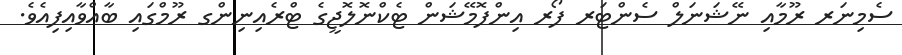
ސެމިނަރ ރޫމާއި ނޭޝަނަލް ސެންޓަރ ފޯރ އިންފޮމޭޝަން ޓެކްނޮލޮޖީގެ ޓްރެއިނިންގ ރޫމްގައި ބާއްވާއިފިއެވެ.